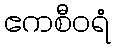
ဧကစီဝရံ